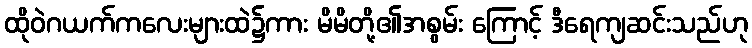
ထိုဝဲဂယက်ကလေးများထဲ၌ကား မိမိတို့၏အစွမ်း ကြောင့် ဒီရေကျဆင်းသည်ဟု